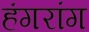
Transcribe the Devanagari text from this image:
हंगरांग